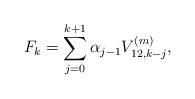
LaTeX: \begin{align*} F_k=\sum_{j=0}^{k+1}\alpha_{j-1}V_{12,k-j}^{(m)},\end{align*}